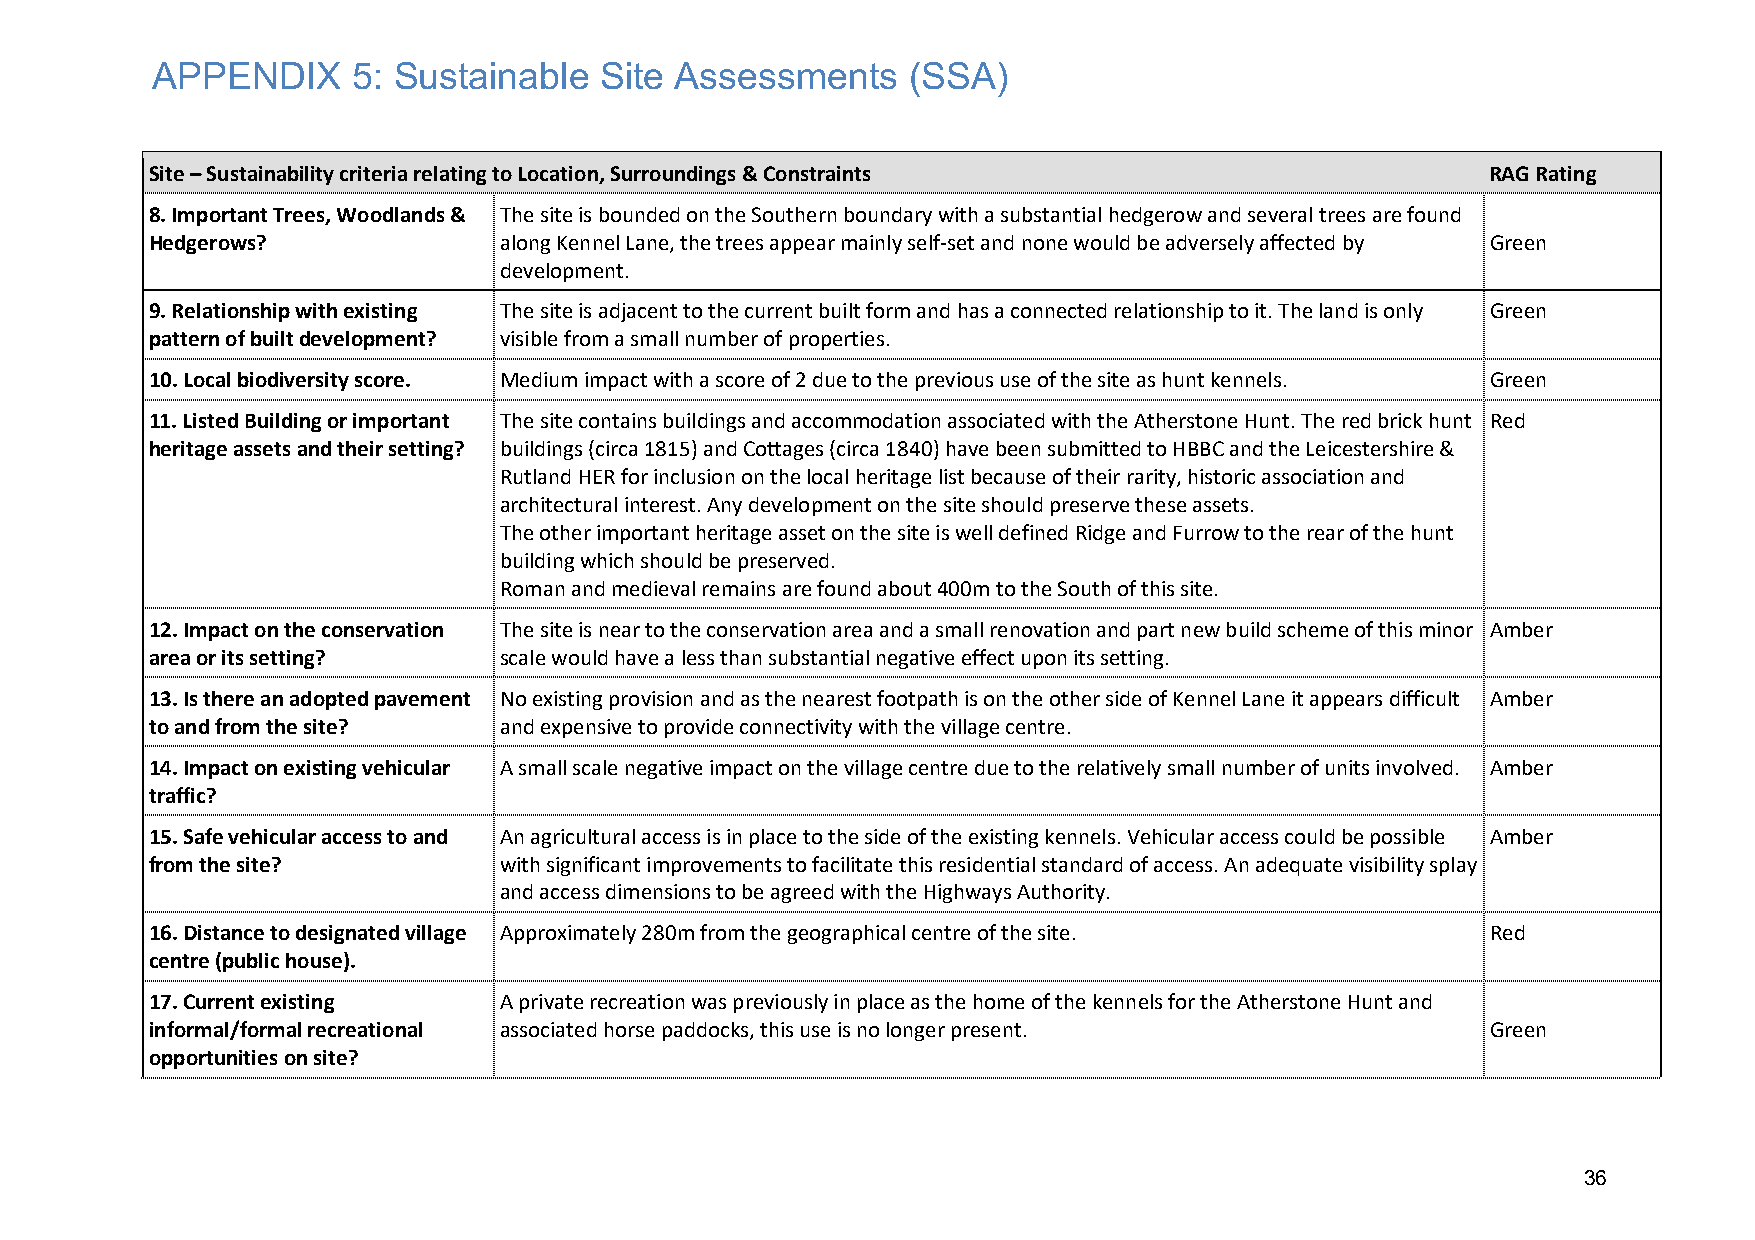
APPENDIX     5: Sustainable   Site Assessments    (SSA)
 Site – Sustainability criteria relating to Location, Surroundings & Constraints          RAG Rating
 8. Important Trees, Woodlands & The site is bounded on the Southern boundary with a substantial hedgerow and several trees are found
 Hedgerows?             along Kennel Lane, the trees appear mainly self-set and none would be adversely affected by Green
 development.
 9. Relationship with existing The site is adjacent to the current built form and has a connected relationship to it. The land is only Green
 pattern of built development? visible from a small number of properties.
 10. Local biodiversity score. Medium impact with a score of 2 due to the previous use of the site as hunt kennels. Green
 11. Listed Building or important The site contains buildings and accommodation associated with the Atherstone Hunt. The red brick hunt Red
 heritage assets and their setting? buildings (circa 1815) and Cottages (circa 1840) have been submitted to HBBC and the Leicestershire &
 Rutland HER for inclusion on the local heritage list because of their rarity, historic association and
 architectural interest. Any development on the site should preserve these assets.
 The other important heritage asset on the site is well defined Ridge and Furrow to the rear of the hunt
 building which should be preserved.
 Roman and medieval remains are found about 400m to the South of this site.
 12. Impact on the conservation The site is near to the conservation area and a small renovation and part new build scheme of this minor Amber
 area or its setting?   scale would have a less than substantial negative effect upon its setting.
 13. Is there an adopted pavement No existing provision and as the nearest footpath is on the other side of Kennel Lane it appears difficult Amber
 to and from the site?  and expensive to provide connectivity with the village centre.
 14. Impact on existing vehicular A small scale negative impact on the village centre due to the relatively small number of units involved. Amber
 traffic?
 15. Safe vehicular access to and An agricultural access is in place to the side of the existing kennels. Vehicular access could be possible Amber
 from the site?         with significant improvements to facilitate this residential standard of access. An adequate visibility splay
 and access dimensions to be agreed with the Highways Authority.
 16. Distance to designated village Approximately 280m from the geographical centre of the site. Red
 centre (public house).
 17. Current existing   A private recreation was previously in place as the home of the kennels for the Atherstone Hunt and
 informal/formal recreational associated horse paddocks, this use is no longer present.   Green
 opportunities on site?
 36